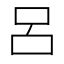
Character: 呂